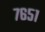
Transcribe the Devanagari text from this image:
७६५१